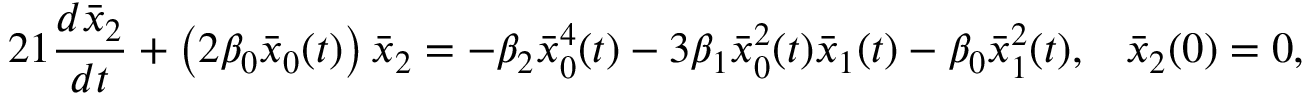
2 1 \frac { d \bar { x } _ { 2 } } { d t } + \left( 2 \beta _ { 0 } \bar { x } _ { 0 } ( t ) \right) \bar { x } _ { 2 } = - \beta _ { 2 } \bar { x } _ { 0 } ^ { 4 } ( t ) - 3 \beta _ { 1 } \bar { x } _ { 0 } ^ { 2 } ( t ) \bar { x } _ { 1 } ( t ) - \beta _ { 0 } \bar { x } _ { 1 } ^ { 2 } ( t ) , \; \; \; \bar { x } _ { 2 } ( 0 ) = 0 ,